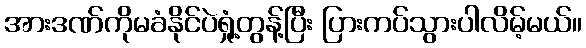
အားဒဏ်ကိုမခံနိုင်ပဲရှုံ့တွန့်ပြီး ပြားကပ်သွားပါလိမ့်မယ်။